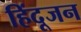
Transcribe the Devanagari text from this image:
हिंदूजन